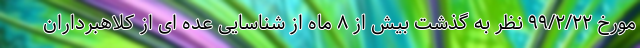
مورخ ۹۹/۲/۲۲ نظر به گذشت بیش از ۸ ماه از شناسایی عده ای از کلاهبرداران